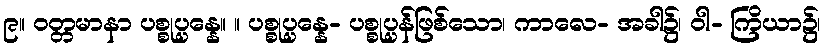
၉။ ဝတ္တမာနာ ပစ္စုပ္ပန္နေ။ ။ ပစ္စုပ္ပန္နေ- ပစ္စုပ္ပန်ဖြစ်သော၊ ကာလေ- အခါ၌၊ ဝါ- ကြိယာ၌၊